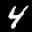
Label: 4